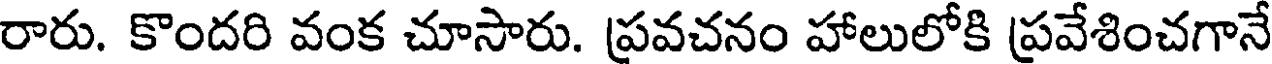
రారు. కొందరి వంక చూసారు. ప్రవచనం హాలులోకి ప్రవేశించగానే